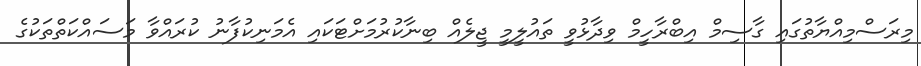
މިރަސްމިއްޔާތުގައި ގާސިމް އިބްރާހީމް ވިދާޅުވީ ތައުލީމީ ޖީލެއް ބިނާކުރުމަށްޓަކައި އެމަނިކުފާނު ކުރައްވާ މަސައްކަތްތަކުގެ